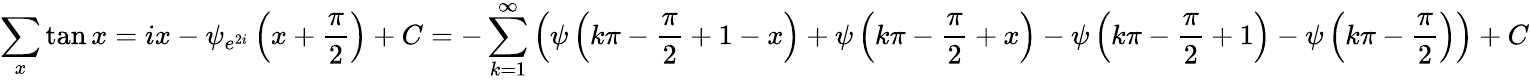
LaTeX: \sum_{x}\tan x=ix-\psi_{e^{2i}}\left(x+{\frac{\pi}{2}}\right)+C=-\sum_{k=1}^{\infty}\left(\psi\left(k\pi-{\frac{\pi}{2}}+1-x\right)+\psi\left(k\pi-{\frac{\pi}{2}}+x\right)-\psi\left(k\pi-{\frac{\pi}{2}}+1\right)-\psi\left(k\pi-{\frac{\pi}{2}}\right)\right)+C